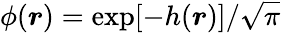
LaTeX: \phi(\boldsymbol{r})=\exp[-h(\boldsymbol{r})]/\sqrt{\pi}